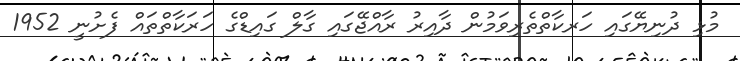
މުޅި ދުނިޔޭގައި ހަރކާތްތެރިވަމުން ދާއިރު ރާއްޖޭގައި ގާލް ގައިޑްގެ ހަރަކާތްތައް ފެށުނީ 1952